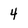
Character: 4